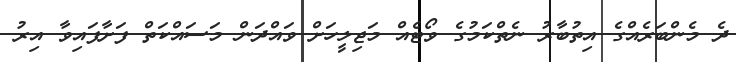
ދެ މެންބަރެއްގެ އިތުބާރު ނެތްކަމުގެ ވޯޓެއް މަޖިލީހަށް ވައްދަން މަސައްކަތް ފަށާފައިވާ އިރު